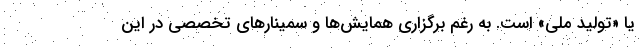
یا «تولید ملی» است. به رغم برگزاری همایش‌ها و سمینارهای تخصصی در این